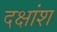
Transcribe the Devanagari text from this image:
दक्षांश